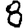
Digit: 8